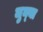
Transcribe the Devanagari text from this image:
जुन्‍या